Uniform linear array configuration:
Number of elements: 8
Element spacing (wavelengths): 0.75
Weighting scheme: exponential
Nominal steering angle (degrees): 30
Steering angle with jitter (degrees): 31.405
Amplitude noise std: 0.05
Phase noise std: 0.05

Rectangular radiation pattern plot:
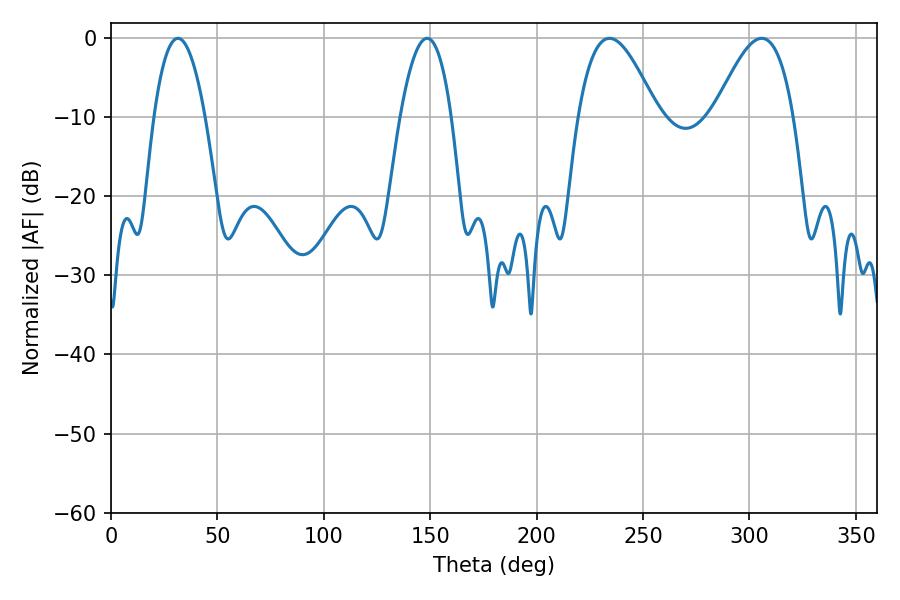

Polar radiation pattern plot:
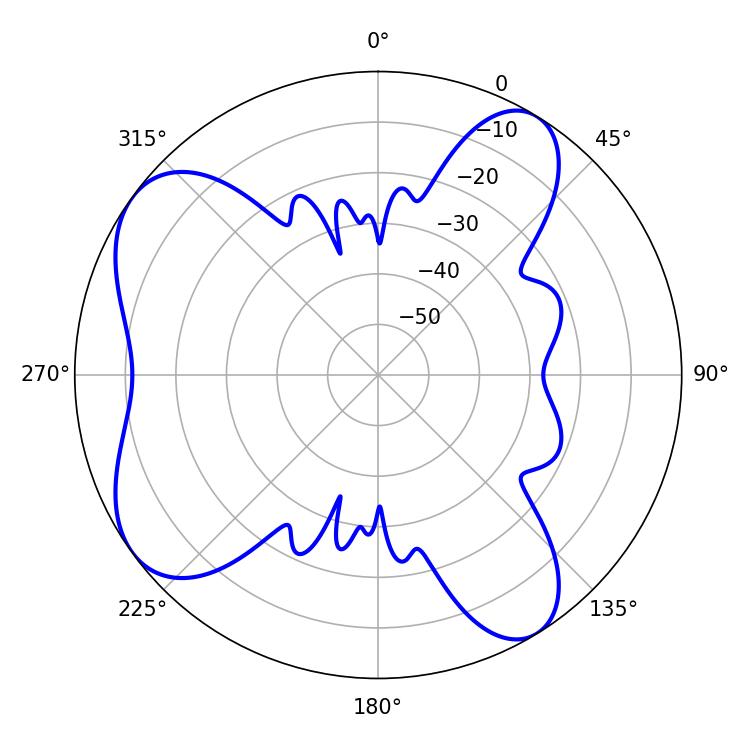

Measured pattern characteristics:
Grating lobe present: TRUE
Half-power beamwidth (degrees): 20.16
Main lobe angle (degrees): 234.18